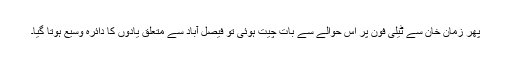
پھر زمان خان سے ٹیلی فون پر اس حوالے سے بات چیت ہوئی تو فیصل آباد سے متعلق یادوں کا دائرہ وسیع ہوتا گیا۔